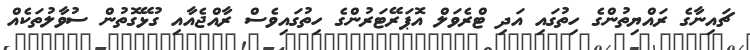
ޗައިނާގެ ރައްޔިތުންގެ ހިތުގައި އަދި ޓްރެވަލް އޮޕަރޭޓަރުންގެ ހިތުގައިވެސް ރާއްޖެއާއި ގުޅޭގޮތުން ސުވާލުތަކެއް